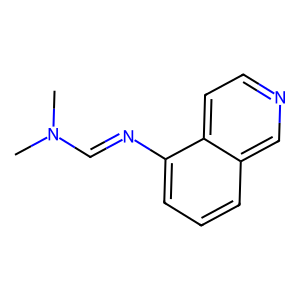
SMILES: CN(C)C=Nc1cccc2cnccc12
Inhibits HIV replication: No